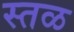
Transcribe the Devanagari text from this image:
स्तळ